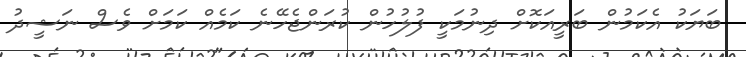
ބަޔަކު އެކަމުން ބަރީއަކޮށް ދިނުމަކީ ފުލުހުން ކުރަންޖެހޭނެ ކަމެއް ކަމަށް ވެސް ނަޝީދު